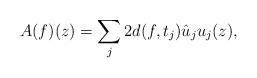
LaTeX: \begin{align*}A(f) (z)= \sum_{j} 2 d (f, t_j) \hat{u}_j u_j(z),\end{align*}